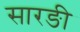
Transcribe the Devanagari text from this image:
सारङी